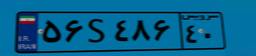
۵۶S۴۸۶۴۰